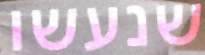
שנעשו